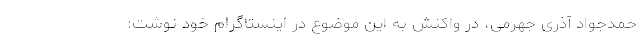
حمدجواد آذری جهرمی، در واکنش به این موضوع در اینستاگرام خود نوشت: